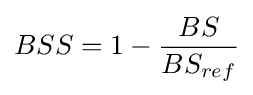
BSS=1-{\frac {BS}{BS_{ref}}}